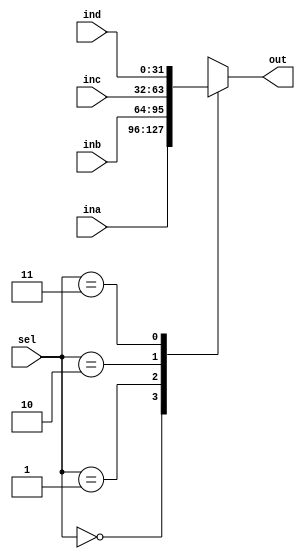
module mux4_1(
    input [31:0] ina, inb, inc, ind,
    input [1:0] sel,
    output reg [31:0] out
);
    
    wire mux1_result, mux2_result;
    
    always@(*) begin
        case (sel)
            2'b00: out <= ina;
            2'b01: out <= inb;
            2'b10: out <= inc;
            2'b11: out <= ind;
        endcase
    end
    
//    mux2_1 mux1(ina, inb, sel[0], mux1_result);
//    mux2_1 mux2(inc, ind, sel[0], mux2_result);
//    mux2_1 mux3(mux1_result, mux2_result, sel[1], out);
endmodule